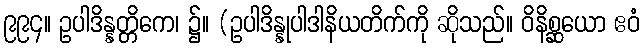
၉၉၄။ ဥပါဒိန္နတ္တိကေ၊ ၌။ (ဥပါဒိန္နုပါဒါနိယတိက်ကို ဆိုသည်။ ဝိနိစ္ဆယော ဧဝံ